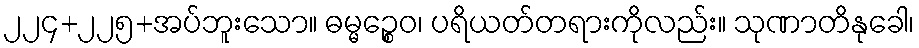
၂၂၄+၂၂၅+အပ်ဘူးသော။ ဓမ္မဉ္စေဝ၊ ပရိယတ်တရားကိုလည်း။ သုဏာတိနုခေါ၊